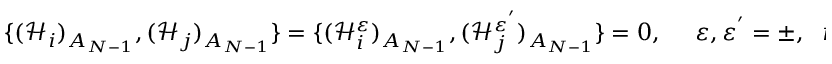
\{ ( \mathcal { H } _ { i } ) _ { A _ { N - 1 } } , ( \mathcal { H } _ { j } ) _ { A _ { N - 1 } } \} = \{ ( \mathcal { H } _ { i } ^ { \varepsilon } ) _ { A _ { N - 1 } } , ( \mathcal { H } _ { j } ^ { \varepsilon ^ { ^ { \prime } } } ) _ { A _ { N - 1 } } \} = 0 , \ \ \ \ \ \ \varepsilon , \varepsilon ^ { ^ { \prime } } = \pm , \, \ \ i , j = 1 , \ldots , N .